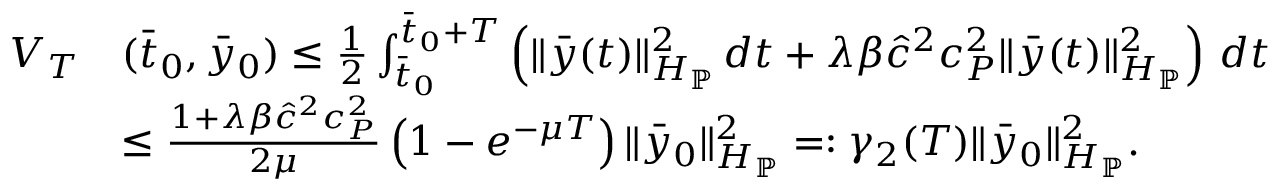
\begin{array} { r l } { V _ { T } } & { ( \bar { t } _ { 0 } , \bar { y } _ { 0 } ) \leq \frac { 1 } { 2 } \int _ { \bar { t } _ { 0 } } ^ { \bar { t } _ { 0 } + T } \left( \| \bar { y } ( t ) \| _ { H _ { \mathbb { P } } } ^ { 2 } \, d t + \lambda \beta \hat { c } ^ { 2 } c _ { P } ^ { 2 } \| \bar { y } ( t ) \| _ { H _ { \mathbb { P } } } ^ { 2 } \right) \, d t } \\ & { \leq \frac { 1 + \lambda \beta \hat { c } ^ { 2 } c _ { P } ^ { 2 } } { 2 \mu } \left( 1 - e ^ { - \mu T } \right) \| \bar { y } _ { 0 } \| _ { H _ { \mathbb { P } } } ^ { 2 } = : \gamma _ { 2 } ( T ) \| \bar { y } _ { 0 } \| _ { H _ { \mathbb { P } } } ^ { 2 } . } \end{array}